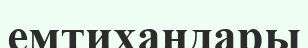
емтихандары